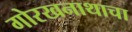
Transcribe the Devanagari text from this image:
गोरखनाथाचा